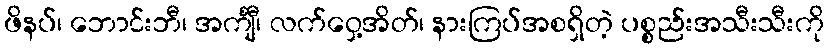
ဖိနပ်၊ ဘောင်းဘီ၊ အင်္ကျီ၊ လက်ဝှေ့အိတ်၊ နားကြပ်အစရှိတဲ့ ပစ္စည်းအသီးသီးကို